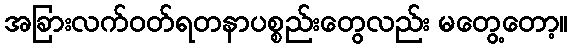
အခြားလက်ဝတ်ရတနာပစ္စည်းတွေလည်း မတွေ့တော့။